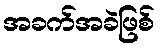
အခက်အခဲဖြစ်